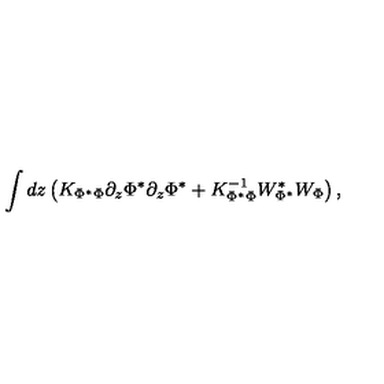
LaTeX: \int d z \left( K _ { \Phi ^ { * } \Phi } \partial _ { z } \Phi ^ { * } \partial _ { z } \Phi ^ { * } + K _ { \Phi ^ { * } \Phi } ^ { - 1 } W _ { \Phi ^ { * } } ^ { * } W _ { \Phi } \right) ,